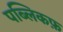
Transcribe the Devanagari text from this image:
पब्लिकफ़